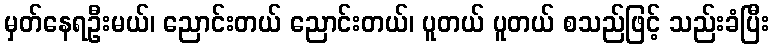
မှတ်နေရဦးမယ်၊ ညောင်းတယ် ညောင်းတယ်၊ ပူတယ် ပူတယ် စသည်ဖြင့် သည်းခံပြီး